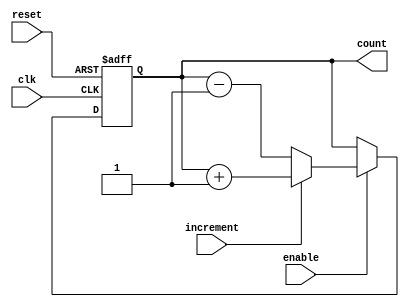
module counter (
    input wire clk,
    input wire reset,
    input wire enable,
    input wire increment,
    output reg [7:0] count
);

always @(posedge clk or posedge reset) begin
    if (reset) begin
        count <= 8'h00; // Reset to starting value
    end else if (enable) begin
        if (increment) begin
            count <= count + 1; // Increment count
        end else begin
            count <= count - 1; // Decrement count
        end
    end
end

endmodule